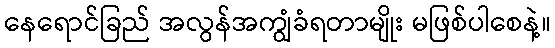
နေရောင်ခြည် အလွန်အကျွံခံရတာမျိုး မဖြစ်ပါစေနဲ့။